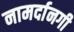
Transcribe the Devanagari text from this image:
नामर्दानगी